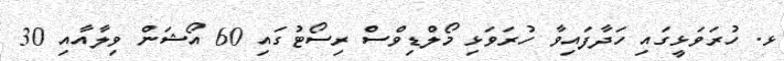
ޅ. ހުރަވަޅީގައި ހަދާފައިވާ ހުރަވަޅި މޯލްޑިވްސް ރިސޯޓުގައި 60 އޯޝަން ވިލާއާއި 30